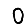
Digit: 0